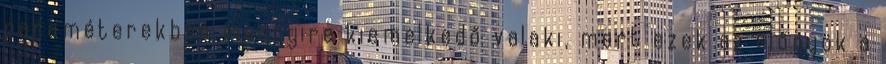
paraméterekben mennyire kiemelkedő valaki, mert ezek az előnyök a